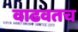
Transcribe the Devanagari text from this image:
वाढवतच